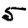
Digit: 5